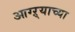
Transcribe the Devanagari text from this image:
आग्ऱ्याच्या